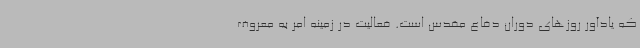
که یادآور روزهای دوران دفاع مقدس است. فعالیت در زمینه امر به معروف